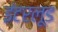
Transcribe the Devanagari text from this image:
इंटरलूड